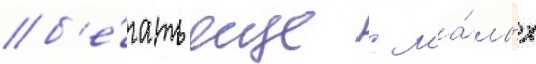
б'е́гать еще с ма́лых